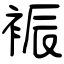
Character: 裖